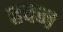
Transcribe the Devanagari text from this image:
हदन